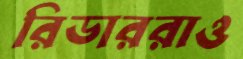
রিডাররাও